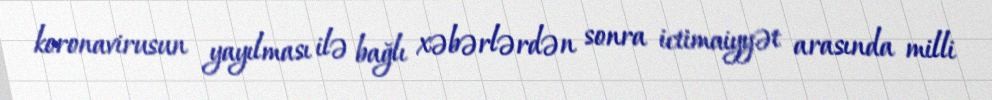
koronavirusun yayılması ilə bağlı xəbərlərdən sonra ictimaiyyət arasında milli